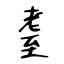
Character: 耋